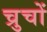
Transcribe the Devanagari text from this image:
च्रुचों